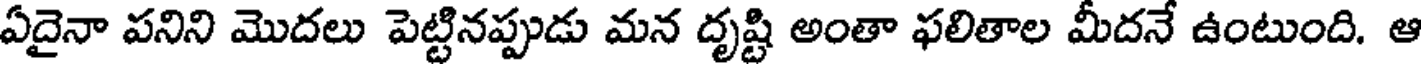
ఏదైనా పనిని మొదలు పెట్టినప్పుడు మన దృష్టి అంతా ఫలితాల మీదనే ఉంటుంది. ఆ